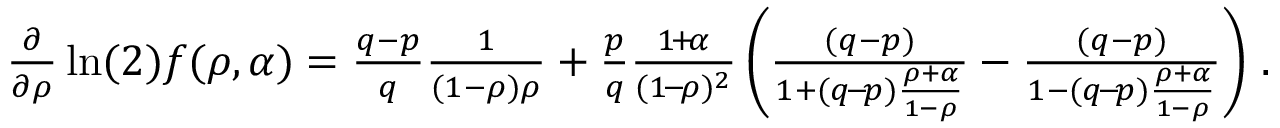
\begin{array} { r } { \frac { \partial } { \partial \rho } \ln ( 2 ) f ( \rho , \alpha ) = \frac { q - p } { q } \frac { 1 } { ( 1 - \rho ) \rho } + \frac { p } { q } \frac { 1 \! + \! \alpha } { ( 1 \! - \! \rho ) ^ { 2 } } \left( \frac { ( q - p ) } { 1 + ( q \! - \! p ) \frac { \rho + \alpha } { 1 - \rho } } - \frac { ( q - p ) } { 1 - ( q \! - \! p ) \frac { \rho + \alpha } { 1 - \rho } } \right) \, . } \end{array}